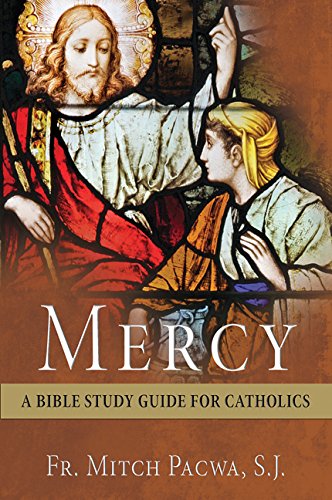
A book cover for Mercy: A Bible Study Guide for Catholics; Mitch Pacwa; Christian Books & Bibles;